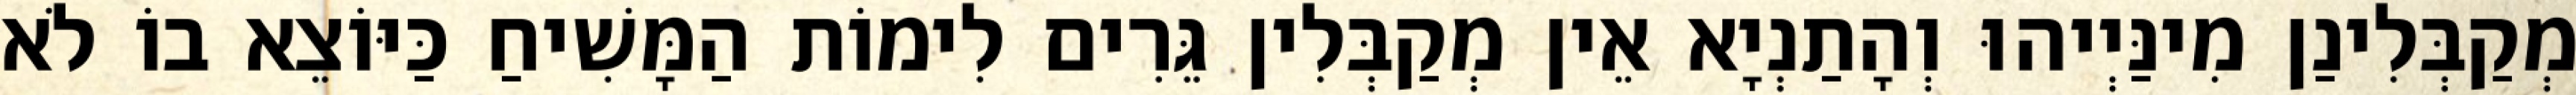
מְקַבְּלִינַן מִינַּיְיהוּ וְהָתַנְיָא אֵין מְקַבְּלִין גֵּרִים לִימוֹת הַמָּשִׁיחַ כַּיּוֹצֵא בוֹ לֹא